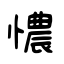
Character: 憹